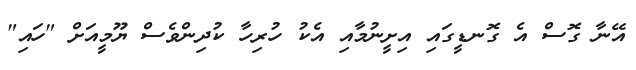
އޭނާ ގޮސް އެ ގޮނޑީގައި އިށީނުމާއި އެކު ހުރިހާ ކުދިންވެސް ޔޫމީއަށް "ހައި"